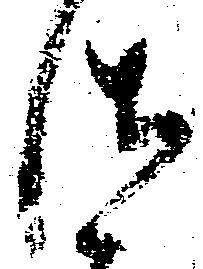
御